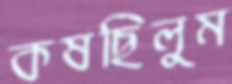
কষছিলুম